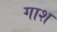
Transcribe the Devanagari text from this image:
गाश